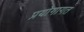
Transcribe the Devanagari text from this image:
प्रयोगागत